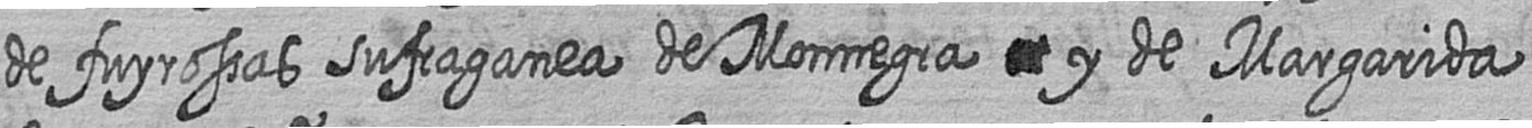
de fuyrossas sufraganea de Monnegra # y de Margarida